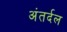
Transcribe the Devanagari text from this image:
अंतर्दल